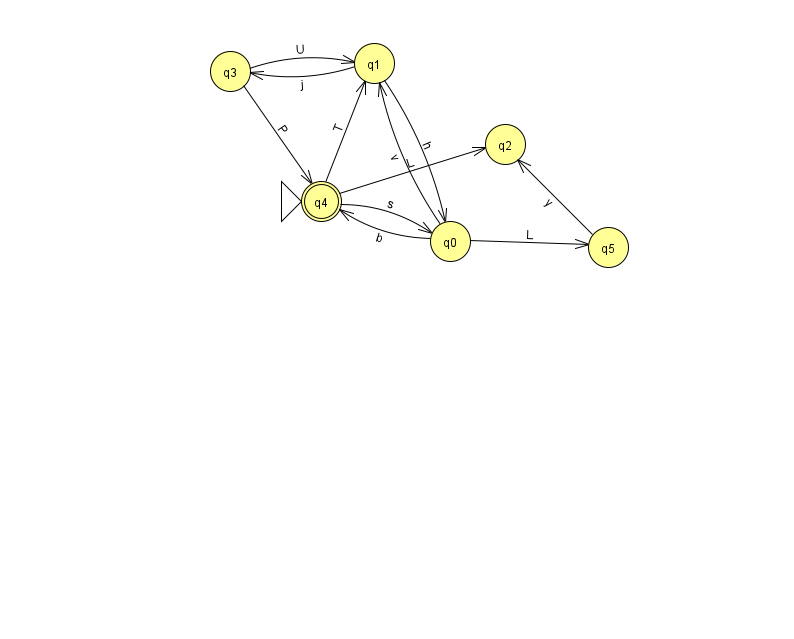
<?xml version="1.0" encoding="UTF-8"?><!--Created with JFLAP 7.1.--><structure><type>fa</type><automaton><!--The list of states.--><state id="0" name="q0"><x>450.0</x><y>228.0</y></state><state id="1" name="q1"><x>374.0</x><y>50.0</y></state><state id="2" name="q2"><x>505.0</x><y>131.0</y></state><state id="3" name="q3"><x>230.0</x><y>58.0</y></state><state id="4" name="q4"><x>321.0</x><y>188.0</y><initial/><final/></state><state id="5" name="q5"><x>608.0</x><y>234.0</y></state><!--The list of transitions.--><transition><from>4</from><to>1</to><read>T</read></transition><transition><from>1</from><to>0</to><read>h</read></transition><transition><from>1</from><to>3</to><read>j</read></transition><transition><from>4</from><to>2</to><read>L</read></transition><transition><from>3</from><to>1</to><read>U</read></transition><transition><from>3</from><to>4</to><read>P</read></transition><transition><from>0</from><to>1</to><read>v</read></transition><transition><from>4</from><to>0</to><read>s</read></transition><transition><from>0</from><to>4</to><read>b</read></transition><transition><from>5</from><to>2</to><read>y</read></transition><transition><from>0</from><to>5</to><read>L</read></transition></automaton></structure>